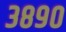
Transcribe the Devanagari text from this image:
३८९०